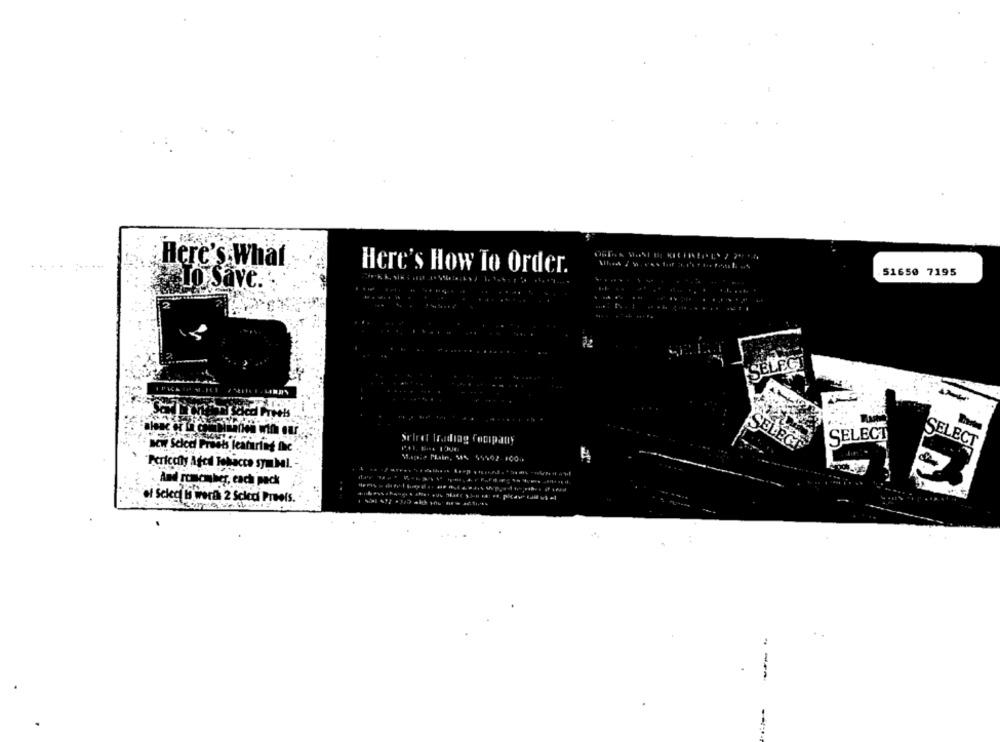
Here's What
Here's How To Order.
51650 7195
To Save ..
... ..
SELEC
IPICA
Tradiag focipauly
aCW Selce Prusts fearring ihc'
SELÉGE
Plain, 4% 54502-1001
Pericoly Aged Tobacco symbol.
. And ronicusher, each pack
of Select werd 2 Scled Preels.
--